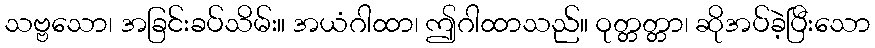
သဗ္ဗသော၊ အခြင်းခပ်သိမ်း။ အယံဂါထာ၊ ဤဂါထာသည်။ ဝုတ္တတ္တာ၊ ဆိုအပ်ခဲ့ပြီးသော